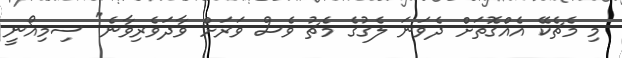
މި މެޗެކޭ އެއްގޮތަށް ދެވަނަ ލެގުގެ މެޗު ވެސް ވަރަށް ވާދަވެރިވާނެ" ސިމިއޯނީ